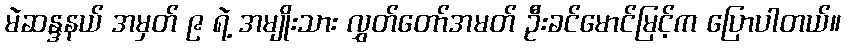
မဲဆန္ဒနယ် အမှတ် ၉ ရဲ့ အမျိုးသား လွှတ်တော်အမတ် ဦးခင်မောင်မြင့်က ပြောပါတယ်။